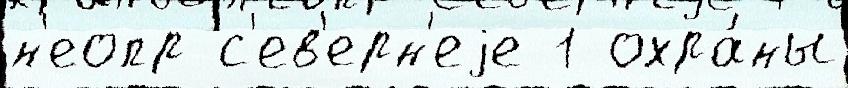
н'еопр с'ев'ерн'еjе 1 охра́ны